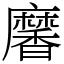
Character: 黁